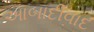
આબાદીવાદ